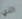
الذي